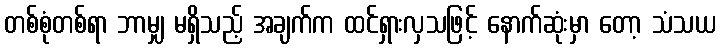
တစ်စုံတစ်ရာ ဘာမျှ မရှိသည့် အချက်က ထင်ရှားလှသဖြင့် နောက်ဆုံးမှာ တော့ သံသယ